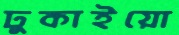
ঢুকাইয়ো